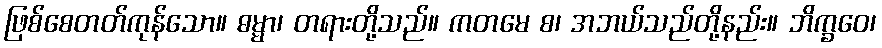
ဖြစ်စေတတ်ကုန်သော။ ဓမ္မာ၊ တရားတို့သည်။ ကတမေ စ၊ အဘယ်သည်တို့နည်း။ ဘိက္ခဝေ၊